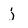
Character: j